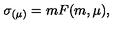
\sigma _ { ( \mu ) } = m F ( m , \mu ) ,